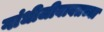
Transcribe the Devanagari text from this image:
गांधीजीबाबतच्या